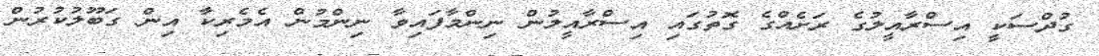
ގުދްސަކީ އިސްރާއީލުގެ ރަށެއްގެ ގޮތުގައި އިސްރާއީލުން ނިންމާފައިވާ ނިންމުން އެމެރިކާ އިން ގަބޫލުކުރުން